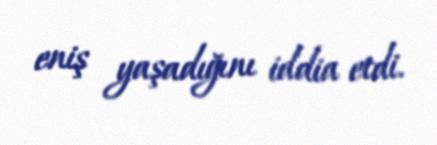
eniş yaşadığını iddia etdi.